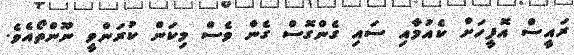
ރައީސް އޮފީހަށް ކެއުމާއި ސައި ގެންގޮސް ގެން ވެސް މިކަން ކުރަންވީ ނޫންތޯއެވެ.